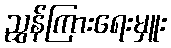
ညွှန်ကြားရေးမှူး